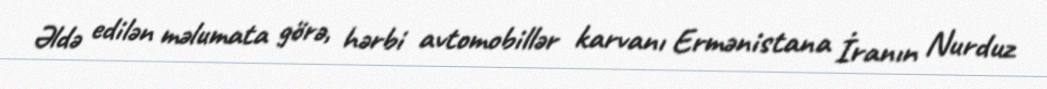
Əldə edilən məlumata görə, hərbi avtomobillər karvanı Ermənistana İranın Nurduz